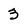
Character: 3